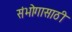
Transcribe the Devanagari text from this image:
संभोगासाठी